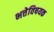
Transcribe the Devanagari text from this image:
भत्तेविषयक